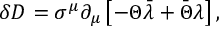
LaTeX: \delta D = \sigma ^ { \mu } \partial _ { \mu } \left[ - \Theta \bar { \lambda } + \bar { \Theta } \lambda \right] ,